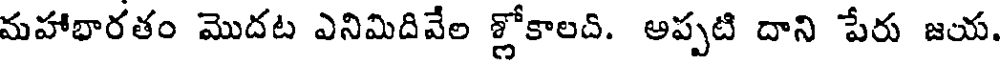
మహాభారతం మొదట ఎనిమిదివేల శ్లోకాలది. అప్పటి దాని పేరు జయ.